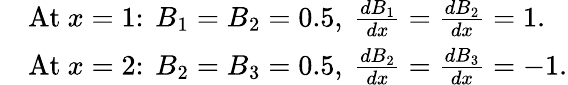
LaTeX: {\begin{array}{rl}&{{\mathrm{At~}}x=1\colon\ B_{1}=B_{2}=0.5,\ {\frac{dB_{1}}{dx}}={\frac{dB_{2}}{dx}}=1.}\\ &{{\mathrm{At~}}x=2\colon\ B_{2}=B_{3}=0.5,\ {\frac{dB_{2}}{dx}}={\frac{dB_{3}}{dx}}=-1.}\end{array}}